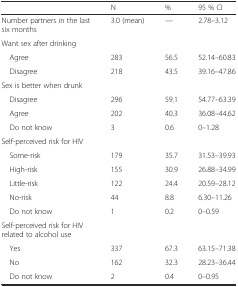
<table><thead><tr><td></td><td><b>N</b></td><td><b>%</b></td><td><b>95 % CI</b></td></tr></thead><tbody><tr><td>Number partners in the last six months</td><td>3.0 (mean)</td><td>---</td><td>2.78–3.12</td></tr><tr><td>Want sex after drinking</td><td></td><td></td><td></td></tr><tr><td> Agree</td><td>283</td><td>56.5</td><td>52.14–60.83</td></tr><tr><td> Disagree</td><td>218</td><td>43.5</td><td>39.16–47.86</td></tr><tr><td>Sex is better when drunk</td><td></td><td></td><td></td></tr><tr><td> Disagree</td><td>296</td><td>59.1</td><td>54.77–63.39</td></tr><tr><td> Agree</td><td>202</td><td>40.3</td><td>36.08–44.62</td></tr><tr><td> Do not know</td><td>3</td><td>0.6</td><td>0–1.28</td></tr><tr><td>Self-perceived risk for HIV</td><td></td><td></td><td></td></tr><tr><td> Some-risk</td><td>179</td><td>35.7</td><td>31.53–39.93</td></tr><tr><td> High-risk</td><td>155</td><td>30.9</td><td>26.88–34.99</td></tr><tr><td> Little-risk</td><td>122</td><td>24.4</td><td>20.59–28.12</td></tr><tr><td> No-risk</td><td>44</td><td>8.8</td><td>6.30–11.26</td></tr><tr><td> Do not know</td><td>1</td><td>0.2</td><td>0–0.59</td></tr><tr><td>Self-perceived risk for HIV related to alcohol use</td><td></td><td></td><td></td></tr><tr><td> Yes</td><td>337</td><td>67.3</td><td>63.15–71.38</td></tr><tr><td> No</td><td>162</td><td>32.3</td><td>28.23–36.44</td></tr><tr><td> Do not know</td><td>2</td><td>0.4</td><td>0–0.95</td></tr></tbody></table>